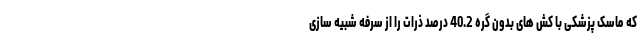
که ماسک پزشکی با کش های بدون گره 40.2 درصد ذرات را از سرفه شبیه سازی